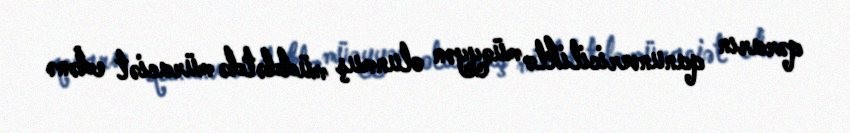
qərarın qanunvericiliklə müəyyən olunmuş müddətdə müraciət edənə